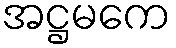
အဋ္ဌမကေ